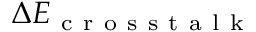
\Delta E _ { \mathrm { ~ c ~ r ~ o ~ s ~ s ~ t ~ a ~ l ~ k ~ } }